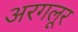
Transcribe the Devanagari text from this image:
अरगलूर